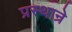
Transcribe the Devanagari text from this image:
प्रस्थान्रे